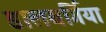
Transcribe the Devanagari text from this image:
डालबर्गिया